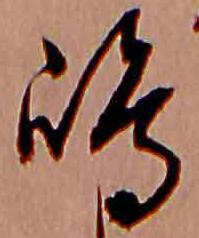
嶋